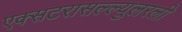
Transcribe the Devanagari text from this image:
एक्सटरासल्ल्युलरली